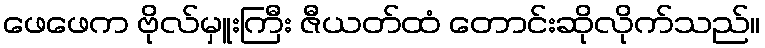
ဖေဖေက ဗိုလ်မှူးကြီး ဇီယတ်ထံ တောင်းဆိုလိုက်သည်။